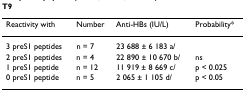
| Reactivity with | Number | Anti-HBs (IU/L) | Probability* |
 | --- | --- | --- | --- |
 | 3 preS1 peptides | n = 7 | 23 688 ± 6 183 a/ |  |
 | 2 preS1 peptides | n = 4 | 22 890 ± 10 670 b/ | ns |
 | 1 preS1 peptide | n = 12 | 11 919 ± 8 669 c/ | p < 0.025 |
 | 0 preS1 peptide | n = 5 | 2 065 ± 1 105 d/ | p < 0.05 |